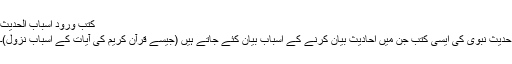
کتب ورود اسباب الحدیث
حدیث نبوی کی ایسی کتب جن میں احادیث بیان کرنے کے اسباب بیان کئے جاتے ہیں (جیسے قرآن کریم کی آیات کے اسباب نزول)۔